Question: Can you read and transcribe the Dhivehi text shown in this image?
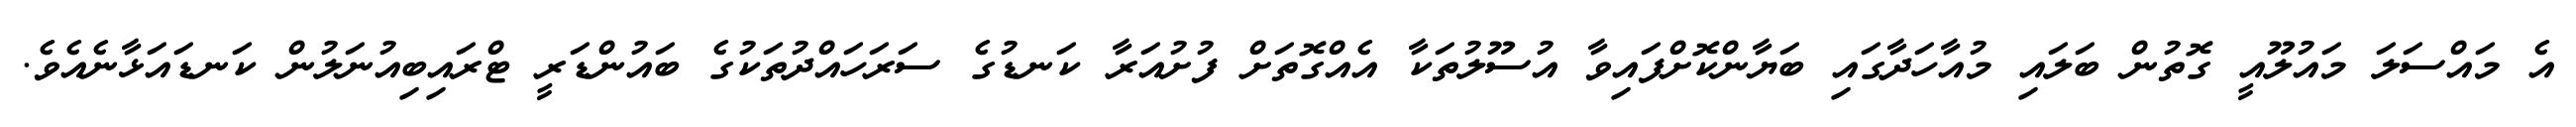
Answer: އެ މައްސަލަ މައުލޫއީ ގޮތުން ބަލައި މުއާހަދާގައި ބަޔާންކޮށްފައިވާ އުސޫލުތަކާ އެއްގޮތަށް ފުށުއަރާ ކަނޑުގެ ސަރަހައްދުތަކުގެ ބައުންޑަރީ ޓްރައިބިއުނަލުން ކަނޑައަޅާނެއެވެ.